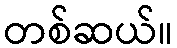
တစ်ဆယ်။